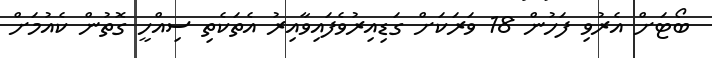
ބޯޓަށް އެރުވި ފަހުން 18 ވަރަކަށް ގަޑިއިރުވެފައިވާއިރު އެތަކެތި ސިއްހީ ގޮތުން ކެއުމަށް